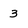
Character: 3